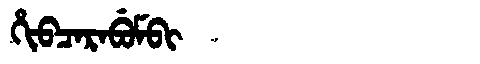
Manchu: ᡥᡳᠪᠴᠠᡵᠠᠪᡠᠮᠪᡳ
Romanization: HIBCARABUMBI